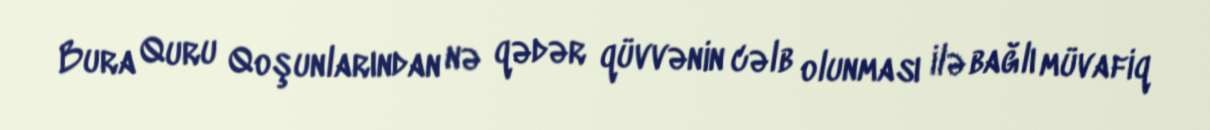
Bura Quru Qoşunlarından nə qədər qüvvənin cəlb olunması ilə bağlı müvafiq